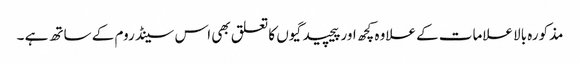
مذکورہ بالا علامات کے علاوہ کچھ اور پیچیدگیوں کا تعلق بھی اس سینڈروم کے ساتھ ہے ۔